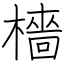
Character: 檣